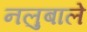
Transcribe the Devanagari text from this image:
नलुबाले